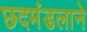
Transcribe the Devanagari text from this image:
छदमंडलाने